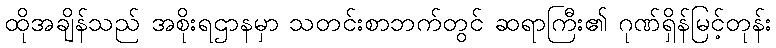
ထိုအချိန်သည် အစိုးရဌာနမှာ သတင်းစာဘက်တွင် ဆရာကြီး၏ ဂုဏ်ရှိန်မြင့်တုန်း